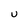
Character: U